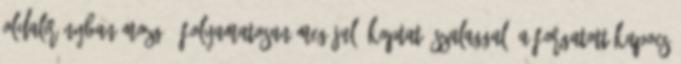
oldalirányban mozgó, folyamatosan megújuló koptató szalaggal. A forgatott kapocs